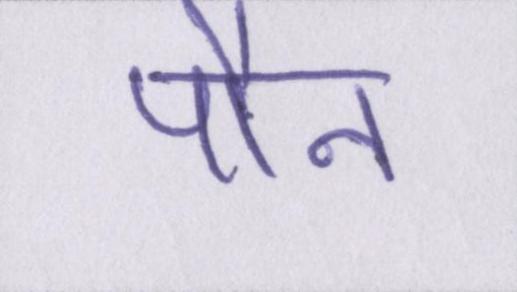
पौन